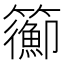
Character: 𥷉